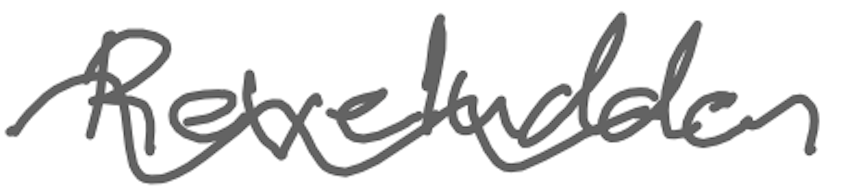
Text: Reveludden
Cross-out: wave
Writing tool: digital_gray